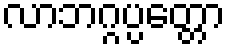
လာဘဂ္ဂပ္ပတ္တော